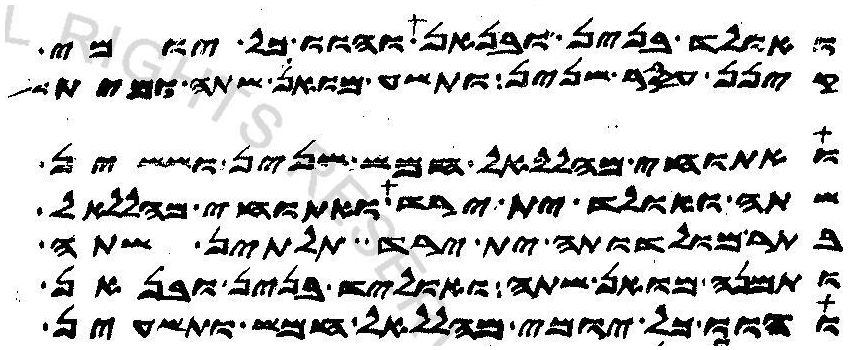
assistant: ואולד בנין ובנאת והוו כל יומי
קינן עסר שנין ותשע מואן שתה ומית
ואתוחי מהללאל חמש שנין וששין
שתה ואולד ית ירד ואתוחי מהללאל
בתר מולדותה ית ירד תלתין שתה
ותמנה מואן שתה ואוליד בנין ובנאן
והוו כל יומי מהללאל חמש ותשעין